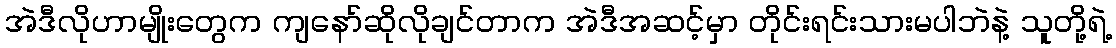
အဲဒီလိုဟာမျိုးတွေက ကျနော်ဆိုလိုချင်တာက အဲဒီအဆင့်မှာ တိုင်းရင်းသားမပါဘဲနဲ့ သူတို့ရဲ့